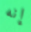
إنه